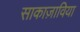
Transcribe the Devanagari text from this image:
साकाज़ाविया